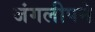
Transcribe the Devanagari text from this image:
जंगलीपने